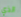
الذي